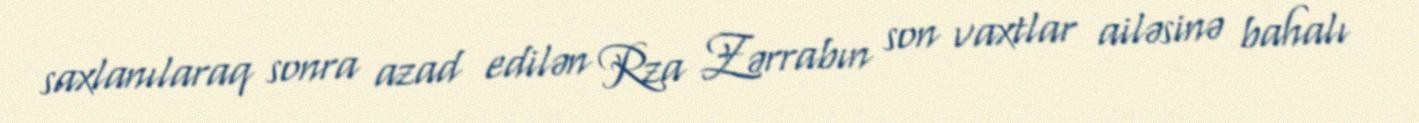
saxlanılaraq sonra azad edilən Rza Zərrabın son vaxtlar ailəsinə bahalı